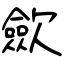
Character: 歛